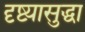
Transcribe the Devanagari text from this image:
दृष्ट्यासुद्धा